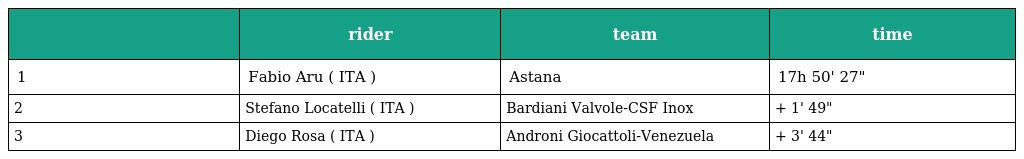
|  | rider | team | time |
 | --- | --- | --- | --- |
 | 1 | Fabio Aru ( ITA ) | Astana | 17h 50' 27" |
 | 2 | Stefano Locatelli ( ITA ) | Bardiani Valvole-CSF Inox | + 1' 49" |
 | 3 | Diego Rosa ( ITA ) | Androni Giocattoli-Venezuela | + 3' 44" |